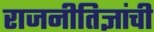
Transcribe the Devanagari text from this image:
राजनीतिज्ञांची